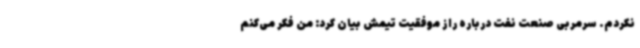
نکردم. سرمربی صنعت نفت درباره راز موفقیت تیمش بیان کرد: من فکر می‌کنم